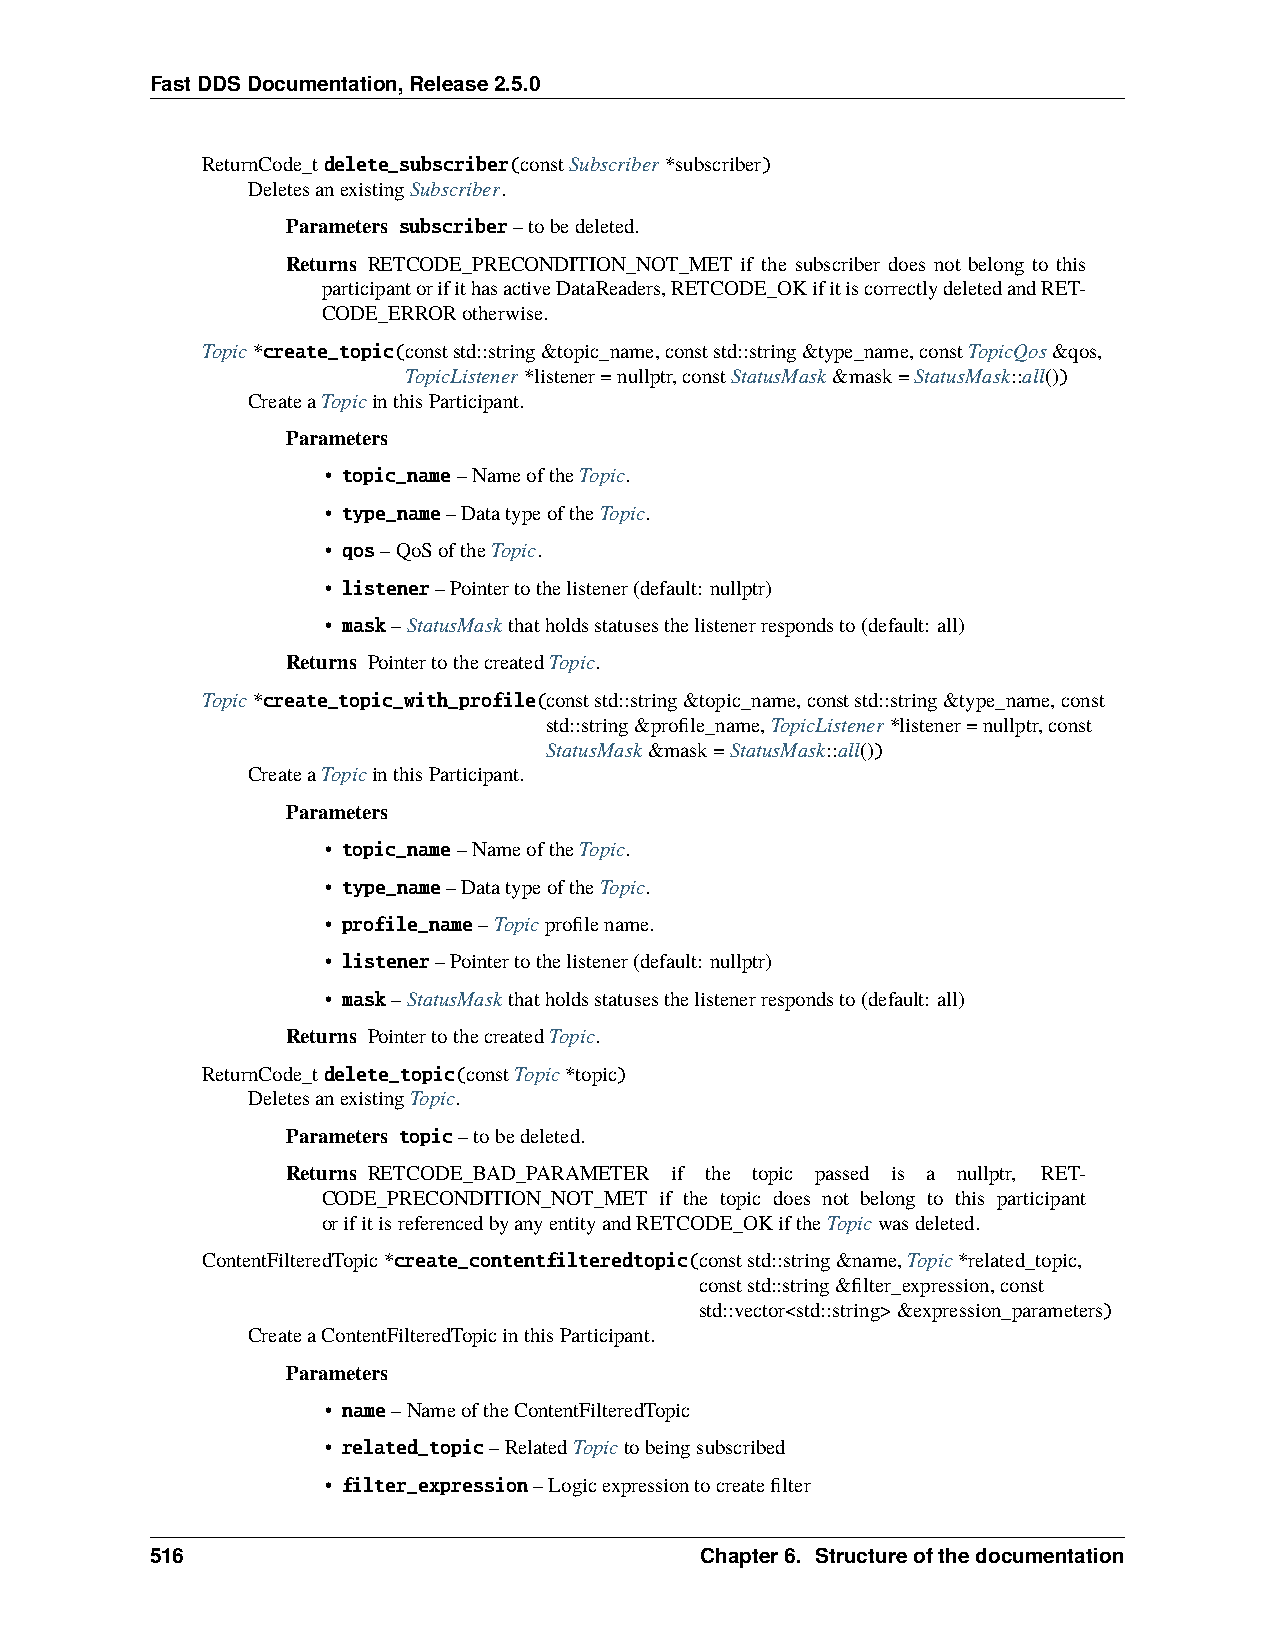
FastDDSDocumentation,Release2.5.0
 ReturnCode_tdelete_subscriber(constSubscriber*subscriber)
 DeletesanexistingSubscriber.
 Parameters subscriber–tobedeleted.
 Returns RETCODE_PRECONDITION_NOT_MET if the subscriber does not belong to this
 participantorifithasactiveDataReaders,RETCODE_OKifitiscorrectlydeletedandRET-
 CODE_ERRORotherwise.
 Topic*create_topic(conststd::string&topic_name,conststd::string&type_name,constTopicQos&qos,
 TopicListener*listener=nullptr,constStatusMask&mask=StatusMask::all())
 CreateaTopicinthisParticipant.
 Parameters
 • topic_name–NameoftheTopic.
 • type_name–DatatypeoftheTopic.
 • qos–QoSoftheTopic.
 • listener–Pointertothelistener(default: nullptr)
 • mask–StatusMaskthatholdsstatusesthelistenerrespondsto(default: all)
 Returns PointertothecreatedTopic.
 Topic*create_topic_with_profile(conststd::string&topic_name,conststd::string&type_name,const
 std::string&profile_name,TopicListener*listener=nullptr,const
 StatusMask&mask=StatusMask::all())
 CreateaTopicinthisParticipant.
 Parameters
 • topic_name–NameoftheTopic.
 • type_name–DatatypeoftheTopic.
 • profile_name–Topicprofilename.
 • listener–Pointertothelistener(default: nullptr)
 • mask–StatusMaskthatholdsstatusesthelistenerrespondsto(default: all)
 Returns PointertothecreatedTopic.
 ReturnCode_tdelete_topic(constTopic*topic)
 DeletesanexistingTopic.
 Parameters topic–tobedeleted.
 Returns RETCODE_BAD_PARAMETER if the topic passed is a nullptr, RET-
 CODE_PRECONDITION_NOT_MET if the topic does not belong to this participant
 orifitisreferencedbyanyentityandRETCODE_OKiftheTopicwasdeleted.
 ContentFilteredTopic*create_contentfilteredtopic(conststd::string&name,Topic*related_topic,
 conststd::string&filter_expression,const
 std::vector<std::string>&expression_parameters)
 CreateaContentFilteredTopicinthisParticipant.
 Parameters
 • name–NameoftheContentFilteredTopic
 • related_topic–RelatedTopictobeingsubscribed
 • filter_expression–Logicexpressiontocreatefilter
 516                                 Chapter6. Structureofthedocumentation